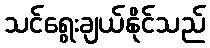
သင်ရွေးချယ်နိုင်သည်